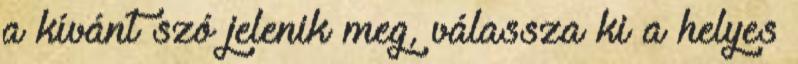
a kívánt szó jelenik meg, válassza ki a helyes